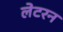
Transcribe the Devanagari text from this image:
लेटरन